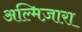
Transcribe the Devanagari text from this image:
अल्मिज़ारा